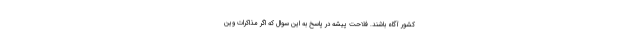
کشور آگاه باشند. فلاحت پیشه در پاسخ به این سوال که اگر مذاکرات وین